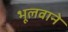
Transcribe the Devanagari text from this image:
भूलवाने